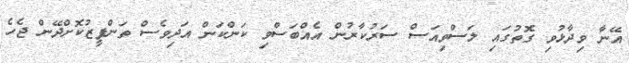
އޭނާ ވިދާޅުވި ގޮތުގައި ލަސްވިއަސް ސަރުކާރުން އެއްބަސްވި ކަންކަން އަދިވެސް ތަންފީޒުކޮށްދޭން ޖެހެ